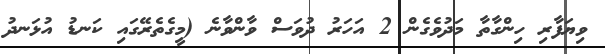
ވިޔަފާރި ހިންގާތާ މަދުވެގެން 2 އަހަރު ދުވަސް ވާންވާނެ (މީގެތެރޭގައި ކަނޑު އުޅަނދު